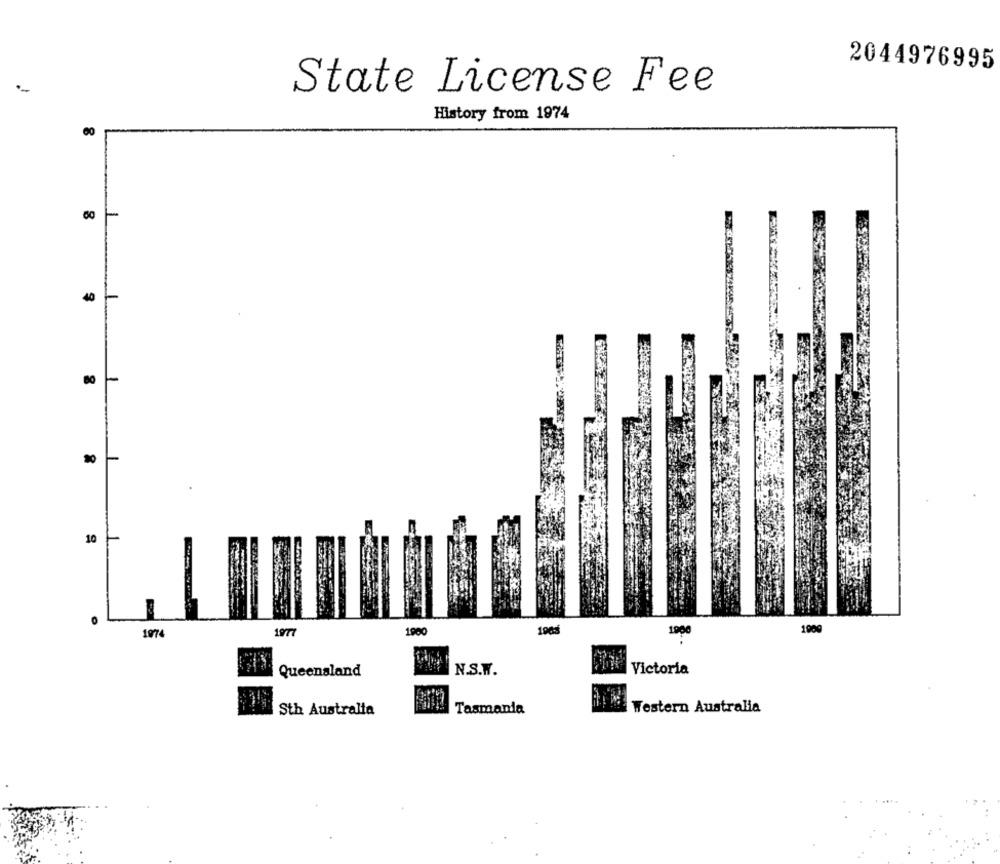
2044976995
State License Fee
History from 1974
00
40
10
0
1977
1900
1965
1900
1009
1974
Queensland
N.S.W.
Victoria
Tasmania
Western Australia
Sth Australia